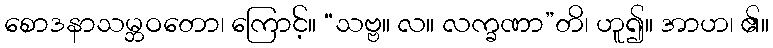
စောဒနာသမ္ဘဝတော၊ ကြောင့်။ “သဗ္ဗ။ လ။ လက္ခဏာ”တိ၊ ဟူ၍။ အာဟ၊ ၏။